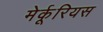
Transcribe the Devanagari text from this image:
मेर्कूरियस